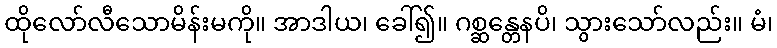
ထိုလော်လီသောမိန်းမကို။ အာဒါယ၊ ခေါ်၍။ ဂစ္ဆန္တေနပိ၊ သွားသော်လည်း။ မံ၊